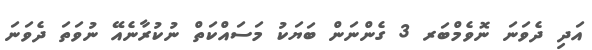
އަދި ދެވަނަ ނޮވެމްބަރ 3 ގެންނަން ބަޔަކު މަސައްކަތް ނުކުރާނެއޭ ނުވަތަ ދެވަނަ